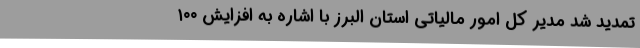
تمدید شد مدیر کل امور مالیاتی استان البرز با اشاره به افزایش ۱۰۰